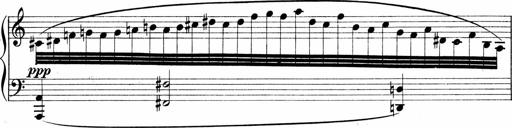
Title: Sonatina No.1
Composer: Otto Stoll
Key: C major